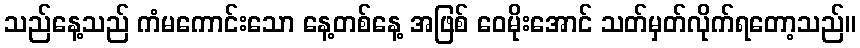
သည်နေ့သည် ကံမကောင်းသော နေ့တစ်နေ့ အဖြစ် ဝေမိုးအောင် သတ်မှတ်လိုက်ရတော့သည်။